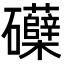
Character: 𮁛